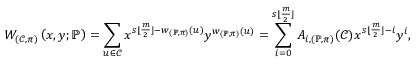
W _ { ( \mathcal { C } , \pi ) } \left( x , y ; \mathbb { P } \right) = \sum _ { \boldsymbol { u } \in \mathcal { C } } x ^ { s \lfloor \frac { m } { 2 } \rfloor - w _ { ( \mathbb { P } , \pi ) } ( \boldsymbol { u } ) } y ^ { w _ { ( \mathbb { P } , \pi ) } ( \boldsymbol { u } ) } = \sum _ { i = 0 } ^ { s \lfloor \frac { m } { 2 } \rfloor } A _ { i , ( \mathbb { P } , \pi ) } ( \mathcal { C } ) x ^ { s \lfloor \frac { m } { 2 } \rfloor - i } y ^ { i } ,